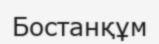
Бостанқұм